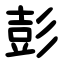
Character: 彭